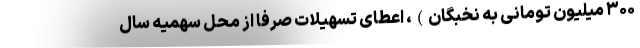
۳۰۰ میلیون تومانی به نخبگان)، اعطای تسهیلات صرفاً از محل سهمیه سال